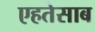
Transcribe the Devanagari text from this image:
एहतेसाब